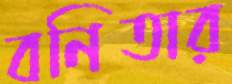
বনিতার